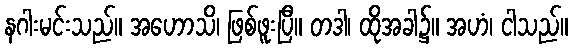
နဂါးမင်းသည်။ အဟောသိ၊ ဖြစ်ဖူးပြီ။ တဒါ၊ ထိုအခါ၌။ အဟံ၊ ငါသည်။